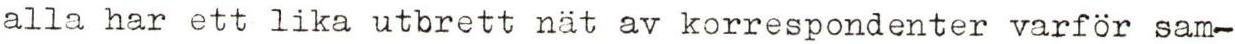
alla har ett lika utbrett nät av korrespondenter varför sam-